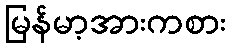
မြန်မာ့အားကစား